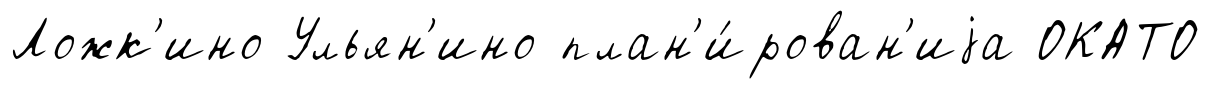
Ложк'ино Ульян'ино план'и́рован'иjа ОКАТО